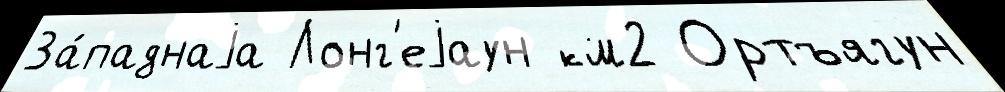
За́паднаjа Лонг'еjаун км2 Ортъягун